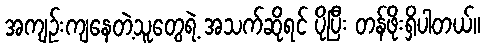
အကျဉ်းကျနေတဲ့သူတွေရဲ့ အသက်ဆိုရင် ပိုပြီး တန်ဖိုးရှိပါတယ်။